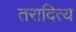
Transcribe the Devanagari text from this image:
तरादित्य